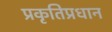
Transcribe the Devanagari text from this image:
प्रकृतिप्रधान